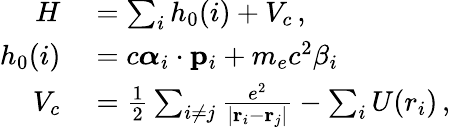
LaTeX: \begin{array}{rl}{H}&{{}=\sum_{i}h_{0}(i)+V_{c}\, ,}\\ {h_{0}(i)}&{{}=c\boldsymbol{\alpha}_{i}\cdot{\mathbf p}_{i}+m_{e}c^{2}\beta_{i}}\\ {V_{c}}&{{}=\frac 12\sum_{i\neq j}\frac{e^{2}}{|{\mathbf r}_{i}-{\mathbf r}_{j}|}-\sum_{i}U(r_{i})\, ,}\end{array}